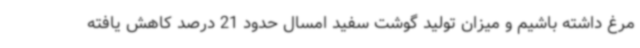
مرغ داشته باشیم و میزان تولید گوشت سفید امسال حدود 21 درصد کاهش یافته